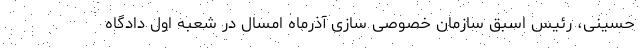
حسینی، رئیس اسبق سازمان خصوصی سازی آذرماه امسال در شعبه اول دادگاه